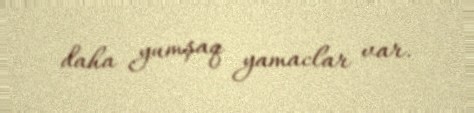
daha yumşaq yamaclar var.